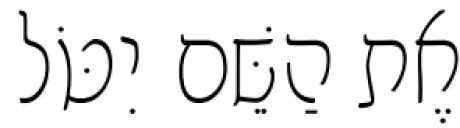
אֶת הַשֵּׁם יִטֹּל